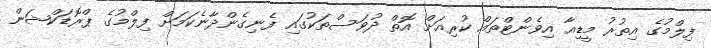
ފިލްމުގެ އިތުރު މީޑިއާ އިވެންޓްތައް ކުރިއަށް އޮތް ދުވަސްތަކުގައި ފެނިގެންދާނެކަމަށް ފިލްމުގެ ޕްރޮޑަކްޝަން